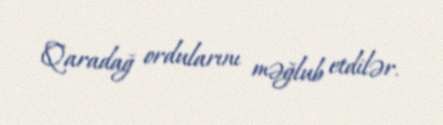
Qaradağ ordularını məğlub etdilər.